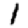
Digit: 1